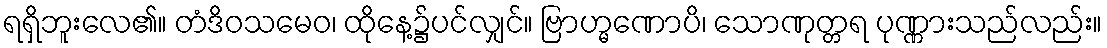
ရရှိဘူးလေ၏။ တံဒိဝသမေဝ၊ ထိုနေ့၌ပင်လျှင်။ ဗြာဟ္မဏောပိ၊ သောဏုတ္တရ ပုဏ္ဏားသည်လည်း။